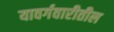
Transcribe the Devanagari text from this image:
यावर्गवारीतील